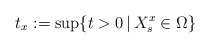
\begin{align*}t_x:=\sup\{t>0\,|\,X_s^x\in\Omega \}\end{align*}